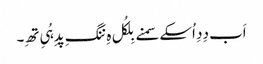
اَب دِدِ اُسکے سمنے بِلکُل ہِ ننگِ پدِ ہُیِ تھِ۔